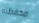
محفظته